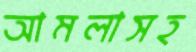
আমলাসহ